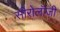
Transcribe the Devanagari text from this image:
सीरोलॉजी